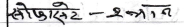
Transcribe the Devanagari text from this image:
सेफिस्टे - १ पत्र १ त